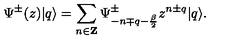
\Psi ^ { \pm } ( z ) | q \rangle = \sum _ { n \in { \bf Z } } \Psi _ { - n \mp q - { \frac { \beta } { 2 } } } ^ { \pm } z ^ { n \pm q } | q \rangle .